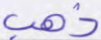
ذهب